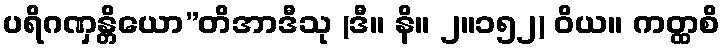
ပရိဂဏှန္တိယော”တိအာဒီသု (ဒီ။ နိ။ ၂။၁၅၂) ဝိယ။ ကတ္ထစိ